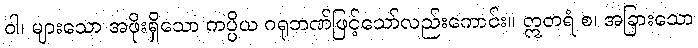
ဝါ၊ များသော အဖိုးရှိသော ကပ္ပိယ ဂရုဘဏ်ဖြင့်သော်လည်းကောင်း။ ဣတရံ စ၊ အခြားသော